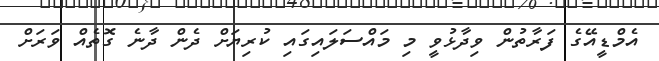
އެމްޑީއޭގެ ފަރާތުން ވިދާޅުވީ މި މައްސަލައިގައި ކުރިޔަށް ދެން ދާނެ ގޮތެއް ވަރަށް